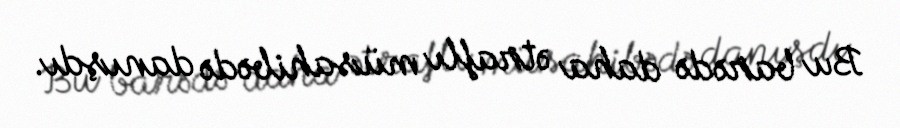
Bu barədə daha ətraflı müsahibədə danışdı.